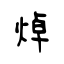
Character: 焯